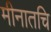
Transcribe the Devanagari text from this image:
मीनातचि